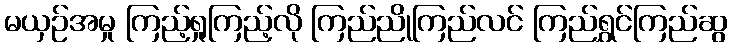
မယှဉ်အမှု ကြည့်ရှုကြည့်လို ကြည်ညိုကြည်လင် ကြည်ရွှင်ကြည်ဆွ